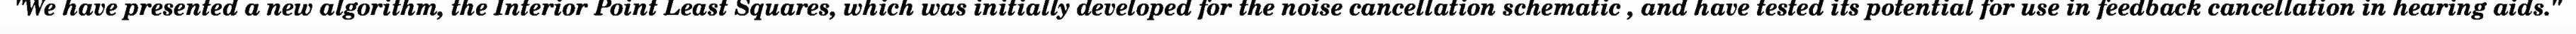
"We have presented a new algorithm, the Interior Point Least Squares, which was initially developed for the noise cancellation schematic , and have tested its potential for use in feedback cancellation in hearing aids."